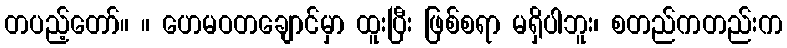
တပည့်တော်။ ။ ဟေမဝတချောင်မှာ ထူးပြီး ဖြစ်စရာ မရှိပါဘူး၊ စတည်ကတည်းက